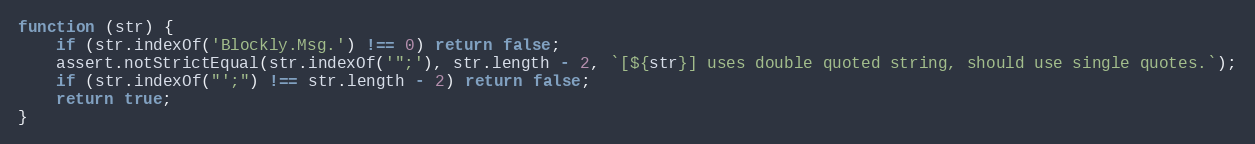
Language: JavaScript
function (str) {
    if (str.indexOf('Blockly.Msg.') !== 0) return false;
    assert.notStrictEqual(str.indexOf('";'), str.length - 2, `[${str}] uses double quoted string, should use single quotes.`);
    if (str.indexOf("';") !== str.length - 2) return false;
    return true;
}